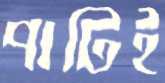
পাটিই